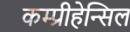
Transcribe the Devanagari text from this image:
कम्प्रीहेन्सिल